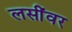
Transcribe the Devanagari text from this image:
लसींवर